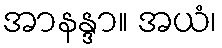
အာနန္ဒာ။ အယံ၊